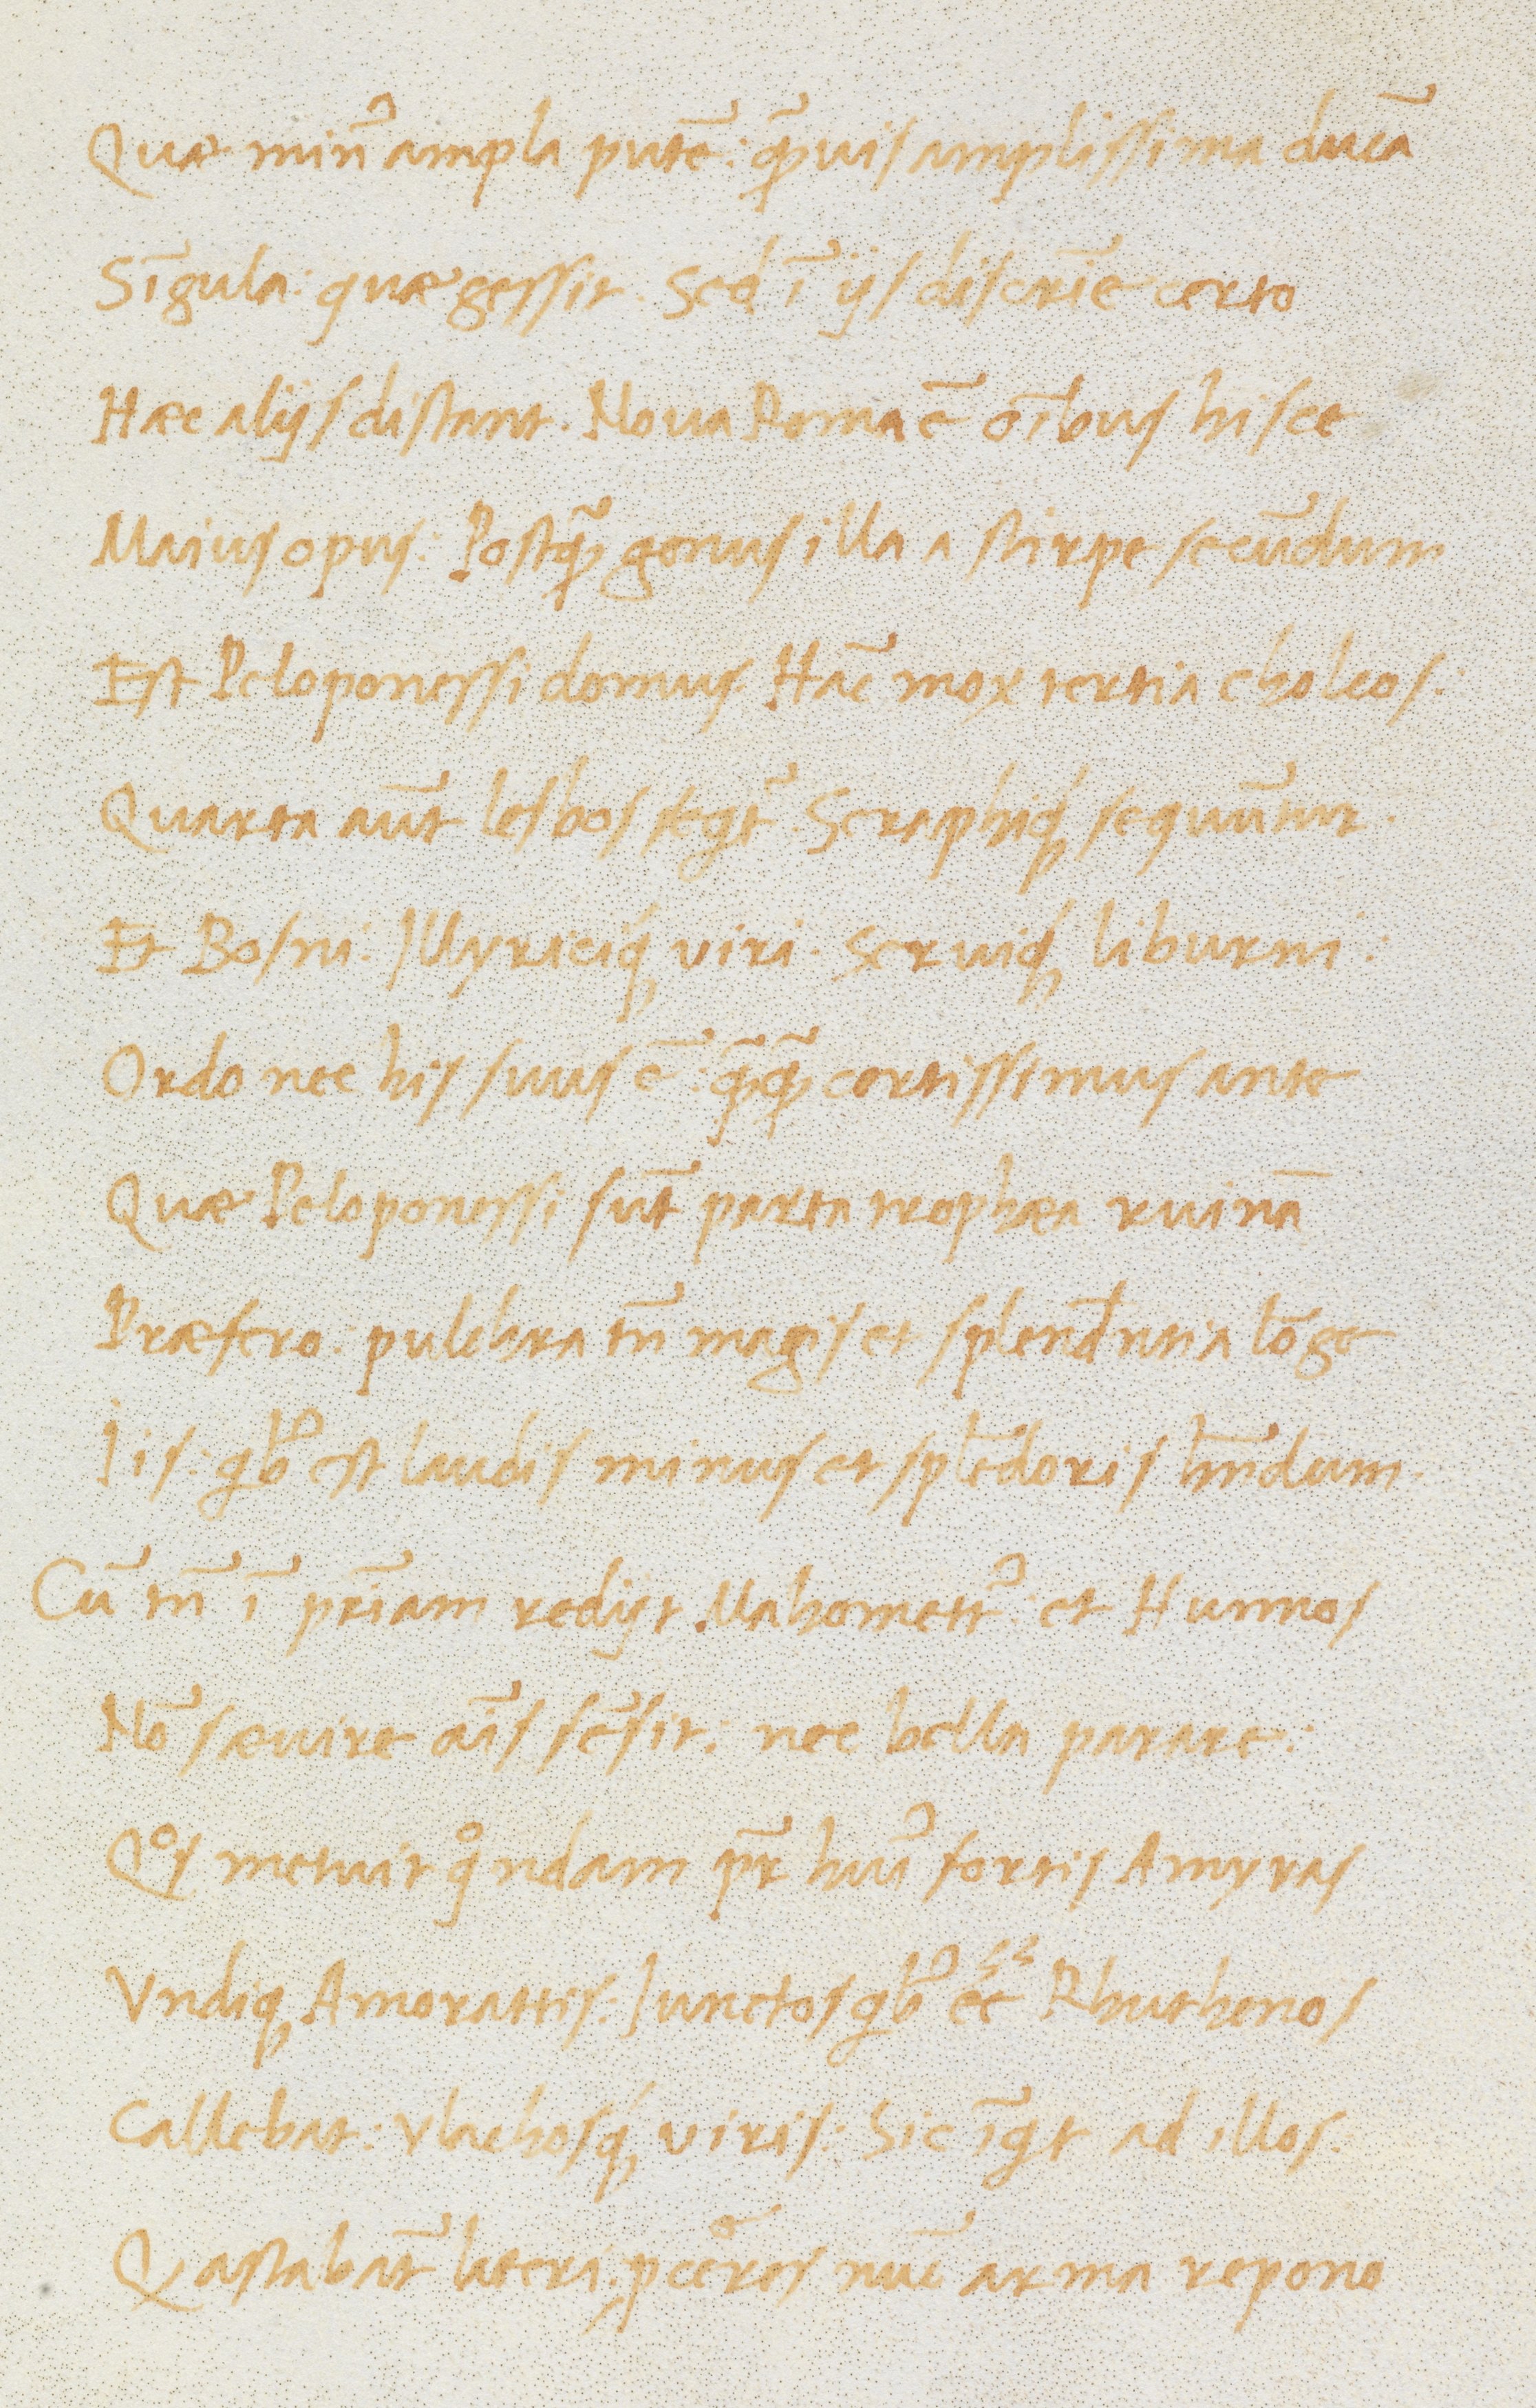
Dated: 1470–1499